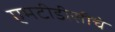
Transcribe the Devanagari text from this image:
एमटीडीसीचे